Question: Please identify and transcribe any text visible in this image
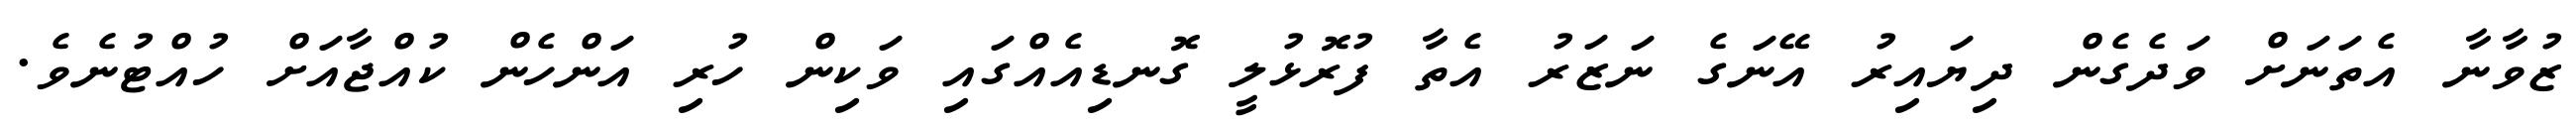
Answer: ޒުވާނާ އެތަނަށް ވަދެގެން ދިޔައިރު އޭނަގެ ނަޒަރު އެތާ ފުރޮޅުލީ ގޮނޑިއެއްގައި ވަކިން ހުރި އަންހެން ކުއްޖާއަށް ހުއްޓުނެވެ.